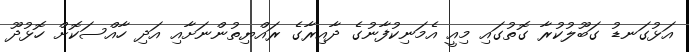
އަޅުގަނޑު ގަބޫލުކުރާ ގޮތުގައި މިއީ އެމަނިކުފާނުގެ ދާއިރާގެ ރައްޔިތުންނަށާއި އަދި ހާއްސަކޮށް ހޮޅުދޫ